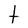
Character: t